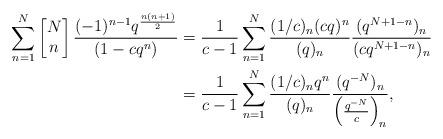
LaTeX: \begin{align*}\sum_{n=1}^{N} \left[\begin{matrix} N\\n\end{matrix}\right] \frac{(-1)^{n-1} q^{\frac{n(n+1)}{2}}}{ (1-cq^n) } & = \frac{1}{c-1}\sum_{n=1}^{N} \frac{(1/c)_n (cq)^n}{(q)_n} \frac{(q^{N+1-n})_n}{(c q^{N+1-n})_n} \\& = \frac{1}{c-1}\sum_{n=1}^{N} \frac{(1/c)_n q^n}{(q)_n} \frac{(q^{-N})_n}{ \left(\frac{q^{-N}}{c}\right)_n}, \end{align*}